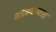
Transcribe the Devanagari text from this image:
भडकवण्यास